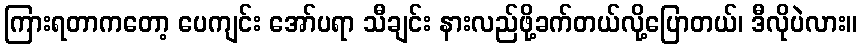
ကြားရတာကတော့ ပေကျင်း အော်ပရာ သီချင်း နားလည်ဖို့ခက်တယ်လို့ပြောတယ်၊ ဒီလိုပဲလား။